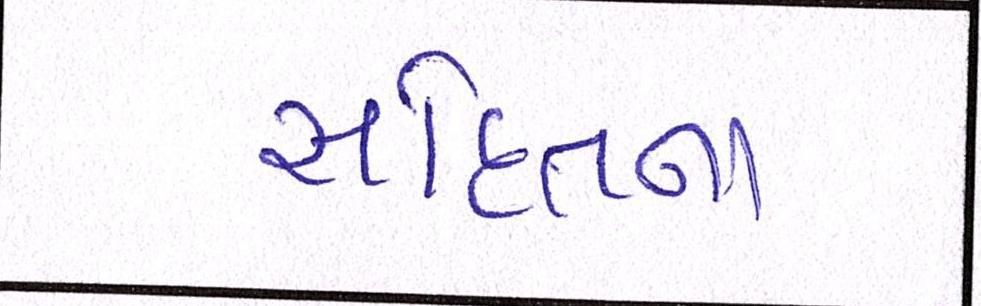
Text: સહિતના